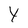
Character: Y